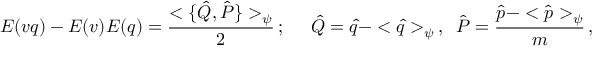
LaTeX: E ( v q ) - E ( v ) E ( q ) = \frac { < \{ \hat { Q } , \hat { P } \} > _ { \psi } } { 2 } \, ; \; \; \; \; \; \hat { Q } = \hat { q } - < \hat { q } > _ { \psi } \, , \; \; \hat { P } = \frac { \hat { p } - < \hat { p } > _ { \psi } } { m } \, ,